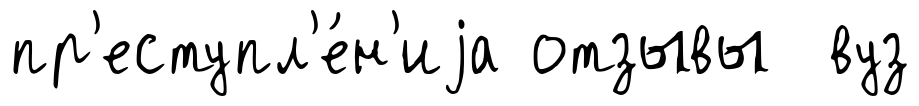
пр'еступл'е́н'иjа отзывы вуз